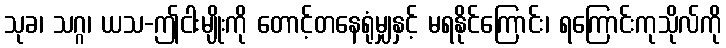
သုခ၊ သဂ္ဂ၊ ယသ-ဤငါးမျိုးကို တောင့်တနေရုံမျှနှင့် မရနိုင်ကြောင်း၊ ရကြောင်းကုသိုလ်ကို